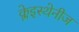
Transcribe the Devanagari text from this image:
क्लेइस्थेनीज